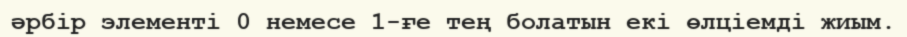
әрбір элементі 0 немесе 1-ғе тең болатын екі өлціемді жиым.